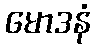
မောဒနံ